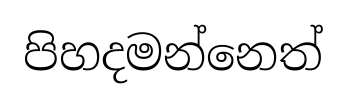
පිහදමන්නෙත්